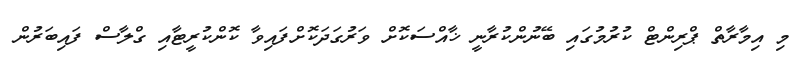
މި އިމާރާތް ޕްރިންޓް ކުރުމުގައި ބޭނުންކުރާނީ ޚާއްސަކޮށް ވަރުގަދަކޮށްފައިވާ ކޮންކުރީޓާއި ގްލާސް ފައިބަރުން